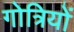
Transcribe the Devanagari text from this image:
गोत्रियों